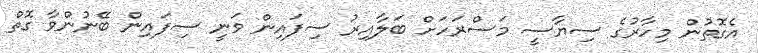
އެގޮތުން މިހާރުގެ ސިޔާސީ މަސްރަހަށް ބަލާއިރު ސިފައިން ވަނީ ސިފައިން ބޭނުންވާ ގޮތް